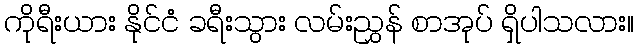
ကိုရီးယား နိုင်ငံ ခရီးသွား လမ်းညွှန် စာအုပ် ရှိပါသလား။